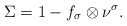
\begin{align*}\Sigma = 1 - f_\sigma \otimes \nu^\sigma.\end{align*}